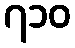
၇၁၀